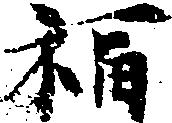
福